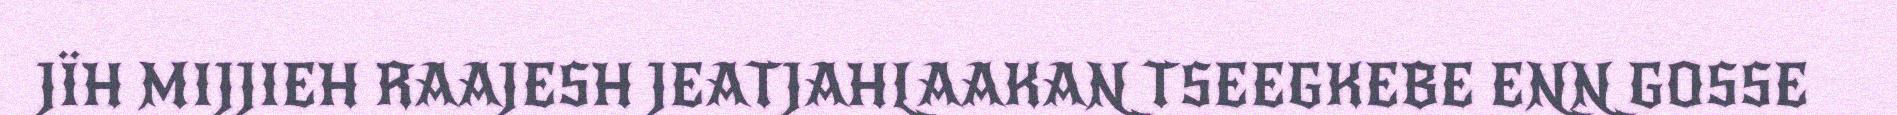
JÏH MIJJIEH RAAJESH JEATJAHLAAKAN TSEEGKEBE ENN GOSSE